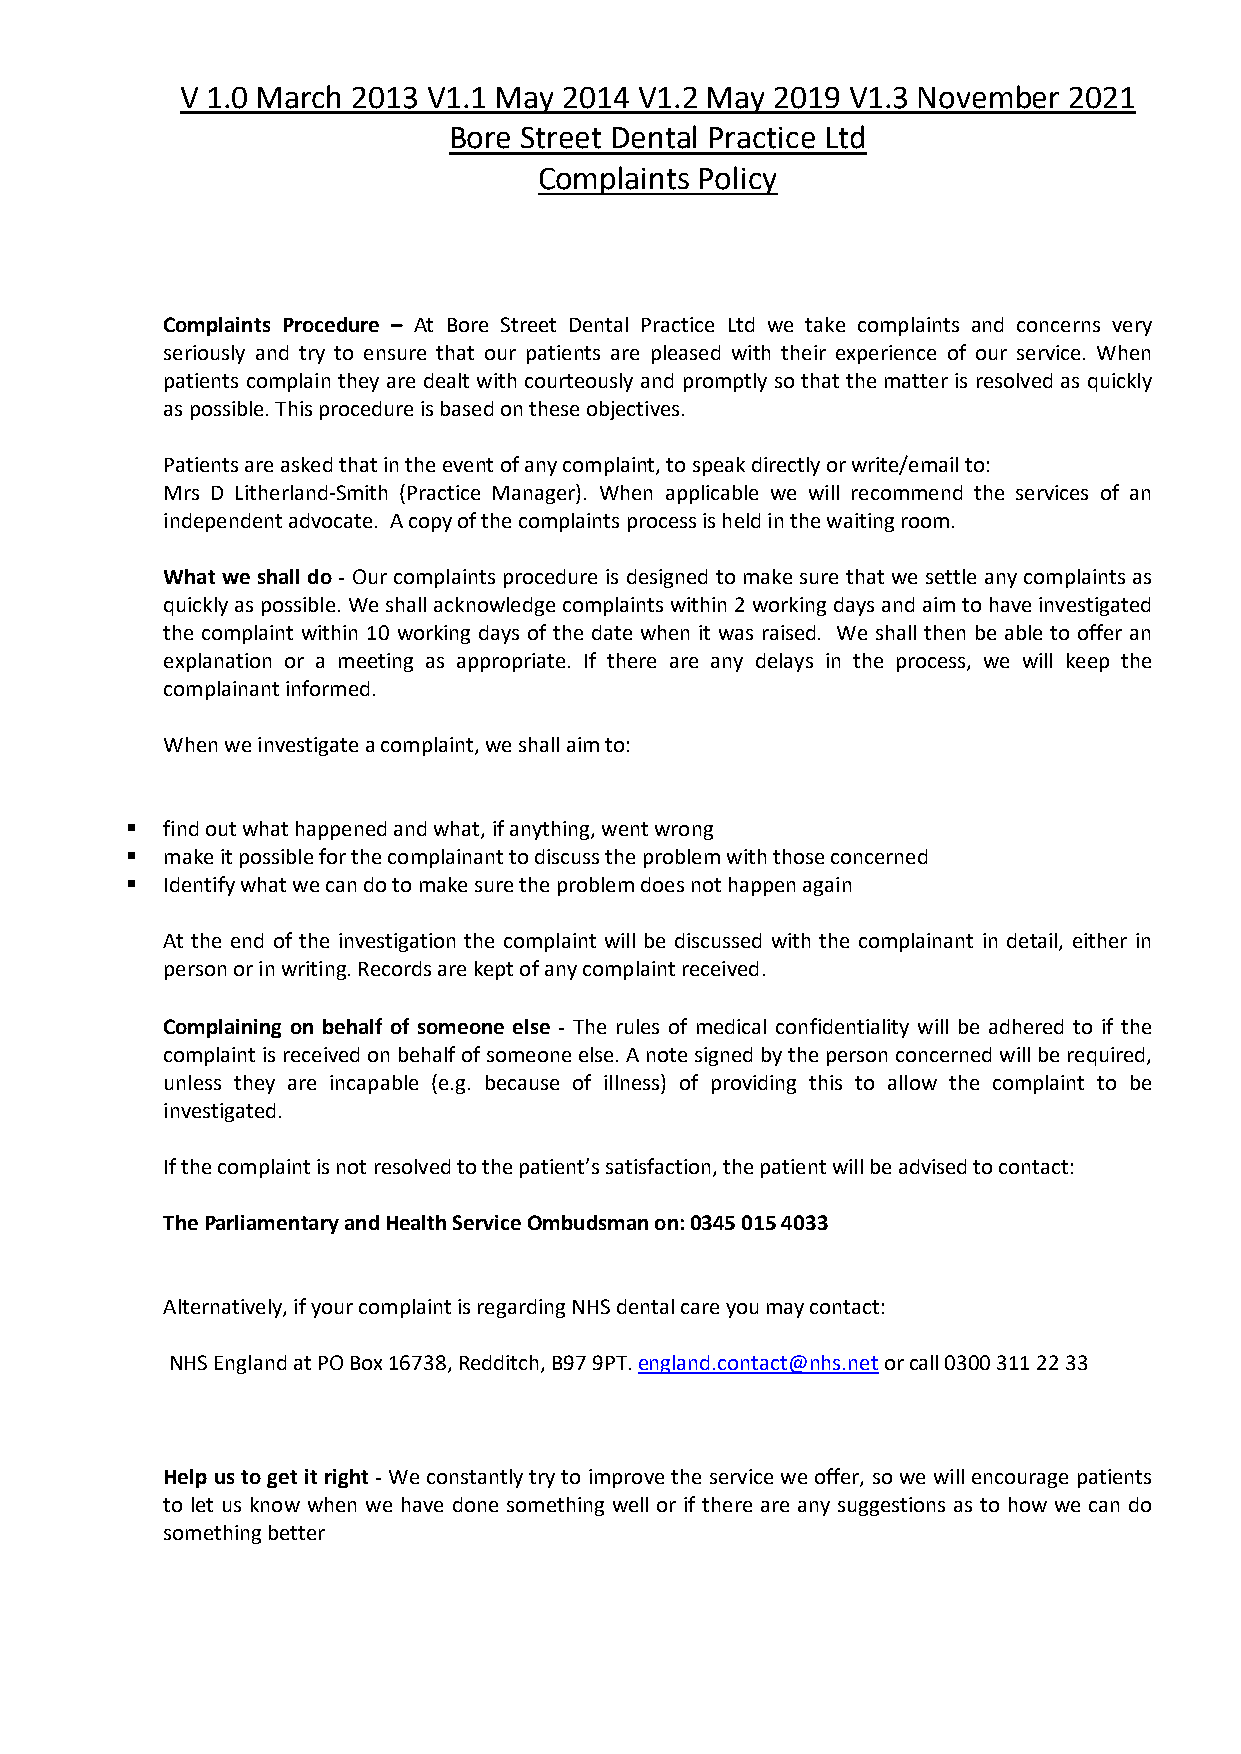
V 1.0 March 2013 V1.1 May 2014 V1.2 May 2019 V1.3 November 2021
 Bore Street Dental Practice Ltd
 Complaints Policy
 Complaints Procedure – At Bore Street Dental Practice Ltd we take complaints and concerns very
 seriously and try to ensure that our patients are pleased with their experience of our service. When
 patients complain they are dealt with courteously and promptly so that the matter is resolved as quickly
 as possible. This procedure is based on these objectives.
 Patients are asked that in the event of any complaint, to speak directly or write/email to:
 Mrs D Litherland-Smith (Practice Manager). When applicable we will recommend the services of an
 independent advocate. A copy of the complaints process is held in the waiting room.
 What we shall do - Our complaints procedure is designed to make sure that we settle any complaints as
 quickly as possible. We shall acknowledge complaints within 2 working days and aim to have investigated
 the complaint within 10 working days of the date when it was raised. We shall then be able to offer an
 explanation or a meeting as appropriate. If there are any delays in the process, we will keep the
 complainant informed.
 When we investigate a complaint, we shall aim to:
 !  find out what happened and what, if anything, went wrong
 !  make it possible for the complainant to discuss the problem with those concerned
 !  Identify what we can do to make sure the problem does not happen again
 At the end of the investigation the complaint will be discussed with the complainant in detail, either in
 person or in writing. Records are kept of any complaint received.
 Complaining on behalf of someone else - The rules of medical confidentiality will be adhered to if the
 complaint is received on behalf of someone else. A note signed by the person concerned will be required,
 unless they are incapable (e.g. because of illness) of providing this to allow the complaint to be
 investigated.
 If the complaint is not resolved to the patient’s satisfaction, the patient will be advised to contact:
 The Parliamentary and Health Service Ombudsman on: 0345 015 4033
 Alternatively, if your complaint is regarding NHS dental care you may contact:
 NHS England at PO Box 16738, Redditch, B97 9PT. england.contact@nhs.net or call 0300 311 22 33
 Help us to get it right - We constantly try to improve the service we offer, so we will encourage patients
 to let us know when we have done something well or if there are any suggestions as to how we can do
 something better